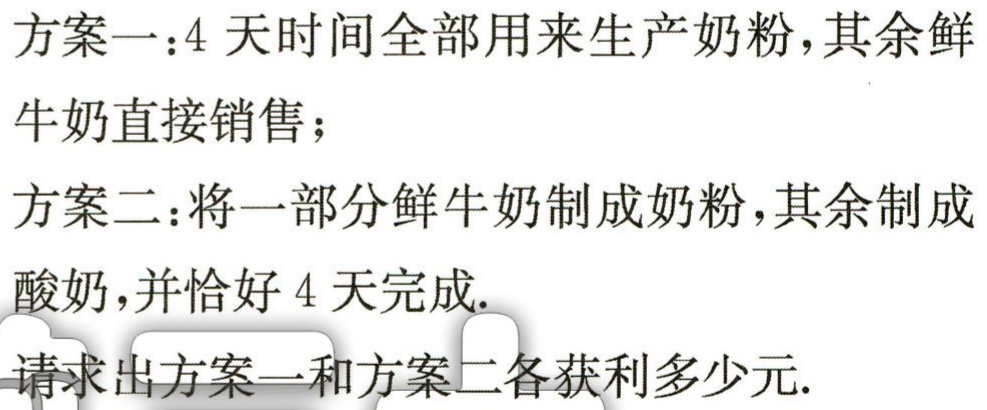
方案一：4 天时间全部用来生产奶粉，其余鲜

牛奶直接销售；

方案二：将一部分鲜牛奶制成奶粉，其余制成

酸奶，并恰好 4 天完成.

请求出方案一和方案二各获利多少元.